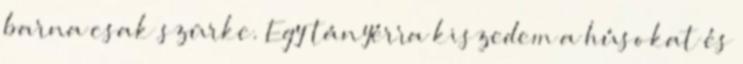
barna csak szürke. Egy tányérra kiszedem a húsokat és